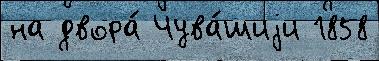
на двора́ Чува́шиjи 1858